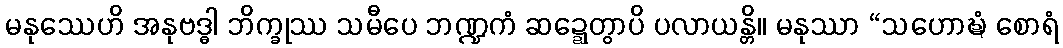
မနုဿေဟိ အနုဗဒ္ဓါ ဘိက္ခုဿ သမီပေ ဘဏ္ဍကံ ဆဍ္ဍေတွာပိ ပလာယန္တိ။ မနုဿာ “သဟောဍ္ဎံ စောရံ